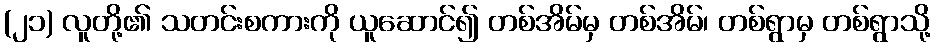
(၂၁) လူတို့၏ သတင်းစကားကို ယူဆောင်၍ တစ်အိမ်မှ တစ်အိမ်၊ တစ်ရွာမှ တစ်ရွာသို့